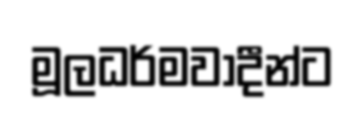
මූලධර්මවාදීන්ට